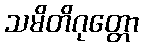
သမိတိဂုတ္တော